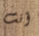
أنت